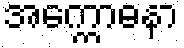
အက္ကောဓနာ